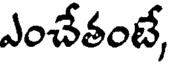
ఎంచేతంటే,